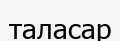
таласар